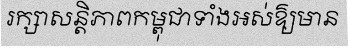
រក្សាសន្តិភាពកម្ពុជាទាំងអស់ឱ្យមាន